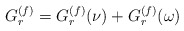
\begin{align*} G_r\sp{(f)}=G_r\sp{(f)}(\nu)+G_r\sp{(f)}(\omega)\end{align*}